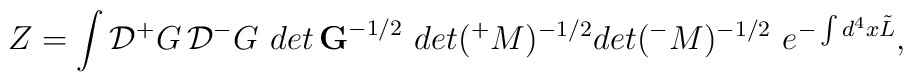
Z=\int {\cal D}{^+}G\, {\cal D} {^-}G \,\, det\, {\bf G}^{-1/2} \,\,det ({^+}M)^{-1/2} det ({^-}M)^{-1/2} \,\, e^{- \int d^4x \tilde L},